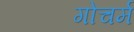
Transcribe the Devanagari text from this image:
गोचर्म